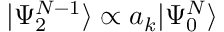
| \Psi _ { 2 } ^ { N - 1 } \rangle \propto a _ { k } | \Psi _ { 0 } ^ { N } \rangle